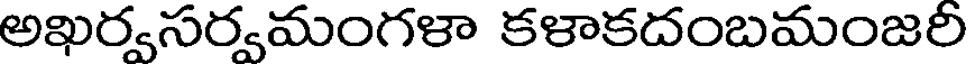
అఖర్వసర్వమంగళా కళాకదంబమంజరి